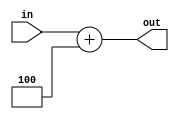
module Adder(in, out);
output reg [31:0] out;
input [31:0] in;

always@(in)
	begin
		out=in+4;
	end
endmodule